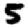
Digit: 5